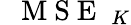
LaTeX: \mathrm{~\textit~{~M~S~E~}~}_{K}